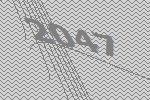
2047